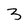
Character: 3